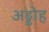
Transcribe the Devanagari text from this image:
अड्डोह